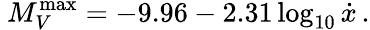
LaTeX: \ M_{V}^{\operatorname*{max}}=-9.96-2.31\log_{10}{\dot{x}}\, .